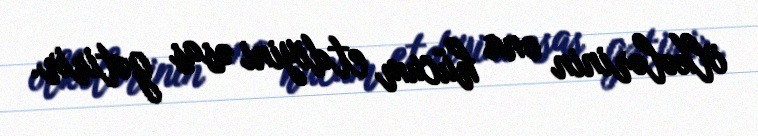
ölkələrinin ona hücum etdiyini əsas gətirir.